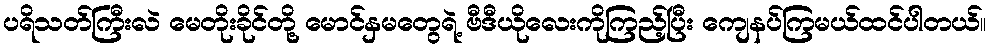
ပရိသတ်ကြီးလဲ မေတိုးခိုင်တို့ မောင်နှမတွေရဲ့ ဗီဒီယိုလေးကိုကြည့်ပြီး ကျေနပ်ကြမယ်ထင်ပါတယ်။